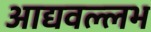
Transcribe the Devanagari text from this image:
आद्यवल्लभ